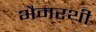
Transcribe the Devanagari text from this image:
भैमरथी